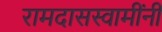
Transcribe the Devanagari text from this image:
रामदासस्वामींनीं